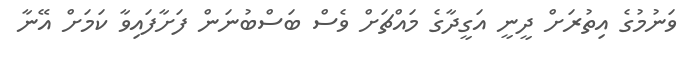
ވަނުމުގެ އިތުރަށް ދީނީ އަގީދާގެ މައްޗަށް ވެސް ބަސްބުނަން ފަށާފައިވާ ކަމަށް އޭނާ